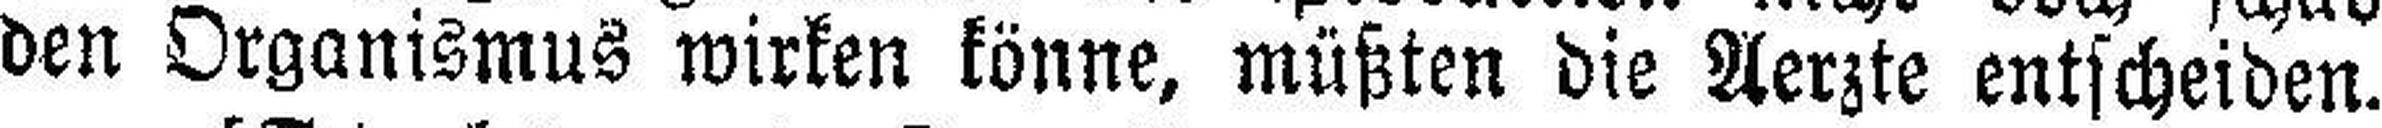
den Organismus wirken könne, müßten die Aerzte entscheiden.